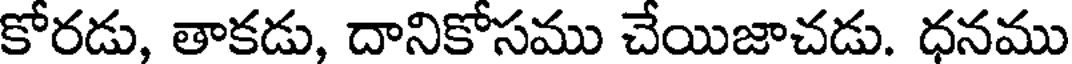
కోరడు, తాకడు, దానికోసము చేయిజాచడు. ధనము